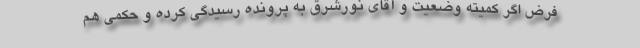
فرض اگر کمیته وضعیت و آقای نورشرق به پرونده رسیدگی کرده و حکمی هم